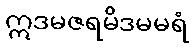
ဣဒမဇရမိဒမမရံ